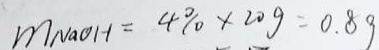
m _ { N a O H } = 4 \% \times 2 0 g = 0 . 8 g